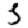
Digit: 3